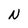
Character: N